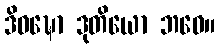
ဒိဝဍ္ဎော ဒုတိယော ဘဝေ။